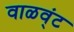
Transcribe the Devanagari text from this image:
वाळव्ंट